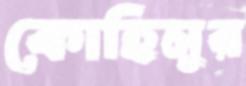
কোহিনুর